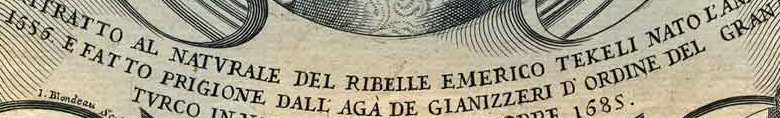
1656 E FAT TO PRIGIONE DALL AGA DE GIANIZZERJ D'ORDINE DEL GRAN